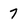
Character: 7